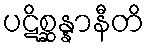
ပဋိစ္ဆန္နာနီတိ